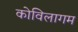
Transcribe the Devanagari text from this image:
कोविलागम